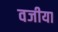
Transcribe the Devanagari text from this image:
वजीया